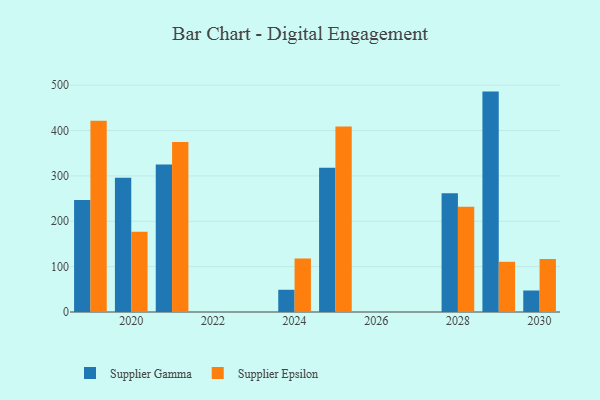
{"axis": {"x": "Year", "y": "Active Users"}, "legend": ["Supplier Epsilon", "Supplier Gamma"], "data": [{"x": "2020", "y": 295.7, "type": "Supplier Gamma"}, {"x": "2020", "y": 177.1, "type": "Supplier Epsilon"}, {"x": "2019", "y": 246.7, "type": "Supplier Gamma"}, {"x": "2019", "y": 421.7, "type": "Supplier Epsilon"}, {"x": "2029", "y": 485.9, "type": "Supplier Gamma"}, {"x": "2029", "y": 110.7, "type": "Supplier Epsilon"}, {"x": "2030", "y": 47.4, "type": "Supplier Gamma"}, {"x": "2030", "y": 116.8, "type": "Supplier Epsilon"}, {"x": "2028", "y": 262.0, "type": "Supplier Gamma"}, {"x": "2028", "y": 232.0, "type": "Supplier Epsilon"}, {"x": "2021", "y": 325.0, "type": "Supplier Gamma"}, {"x": "2021", "y": 374.8, "type": "Supplier Epsilon"}, {"x": "2025", "y": 317.8, "type": "Supplier Gamma"}, {"x": "2025", "y": 409.2, "type": "Supplier Epsilon"}, {"x": "2024", "y": 49.0, "type": "Supplier Gamma"}, {"x": "2024", "y": 117.8, "type": "Supplier Epsilon"}]}